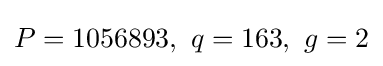
P=1056893,\ q=163,\ g=2